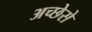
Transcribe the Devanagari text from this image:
अच्छेसे